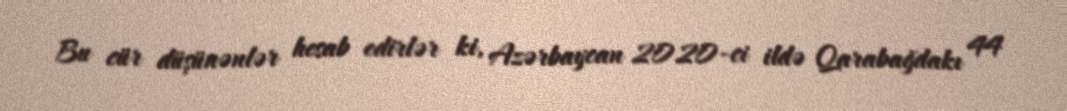
Bu cür düşünənlər hesab edirlər ki, Azərbaycan 2020-ci ildə Qarabağdakı 44